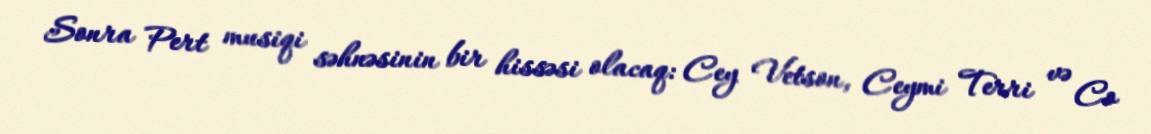
Sonra Pert musiqi səhnəsinin bir hissəsi olacaq: Cey Vetson, Ceymi Terri və Co